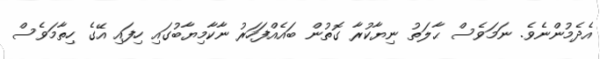
އެދެމުންނެވެ. ނަމަވެސް ޙާލަތު ނިޔާކުރާ ގޮތުން ބައެއްފަހަރު ނާކާމިޔާބުގައި ހިފައި އޭގެ ހިތާމަވެސް